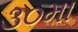
૩૦મા